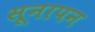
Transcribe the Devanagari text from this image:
सूनापन